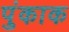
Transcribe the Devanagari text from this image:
पुंकाक